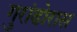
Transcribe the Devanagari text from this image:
गुरांढोरास